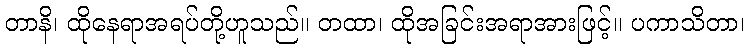
တာနိ၊ ထိုနေရာအရပ်တို့ဟူသည်။ တထာ၊ ထိုအခြင်းအရာအားဖြင့်။ ပကာသိတာ၊